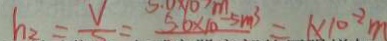
h _ { 2 } = \frac { V } { S } = 5 . 6 \times 1 0 ^ { - 5 } m ^ { 3 } = 1 \times 1 0 ^ { - 2 } m